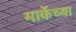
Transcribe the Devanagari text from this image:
मार्केच्या